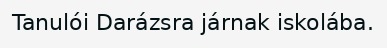
Tanulói Darázsra járnak iskolába.